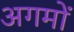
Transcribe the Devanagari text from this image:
अगमों